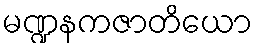
မဏ္ဍနကဇာတိယော